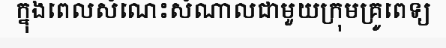
ក្នុងពេលសំណេះសំណាលជាមួយក្រុមគ្រូពេទ្យ